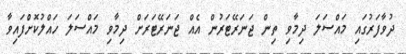
ދުވާފަރުގައި މައްސަލަ ދިމާވި ތިން ޖަނަރޭޓަރުން އެއް ޖަނަރޭޓަރަށް ދިމާވި މައްސަލަ ހައްލުކޮށްފައިވާ